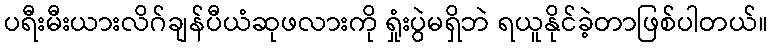
ပရီးမီးယားလိဂ်ချန်ပီယံဆုဖလားကို ရှုံးပွဲမရှိဘဲ ရယူနိုင်ခဲ့တာဖြစ်ပါတယ်။